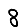
Digit: 8